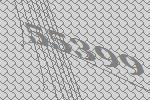
55399